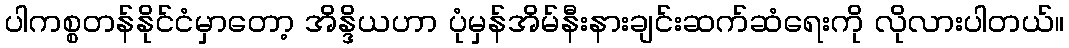
ပါကစ္စတန်နိုင်ငံမှာတော့ အိန္ဒိယဟာ ပုံမှန်အိမ်နီးနားချင်းဆက်ဆံရေးကို လိုလားပါတယ်။